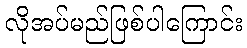
လိုအပ်မည်ဖြစ်ပါကြောင်း